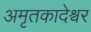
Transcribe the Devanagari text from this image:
अमृतकादेश्वर